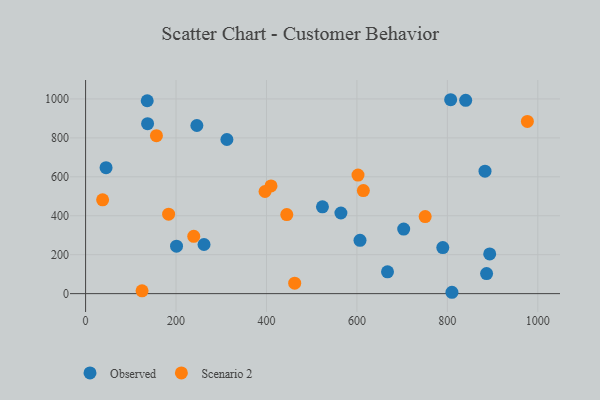
{"axis": {"x": "Engine Size", "y": "Sales"}, "legend": ["Observed", "Scenario 2"], "data": [{"x": "840.5", "y": 992.8, "type": "Observed"}, {"x": "810.1", "y": 7.0, "type": "Observed"}, {"x": "312.5", "y": 791.7, "type": "Observed"}, {"x": "564.6", "y": 414.3, "type": "Observed"}, {"x": "201.1", "y": 243.9, "type": "Observed"}, {"x": "136.3", "y": 990.7, "type": "Observed"}, {"x": "606.8", "y": 273.6, "type": "Observed"}, {"x": "789.9", "y": 236.6, "type": "Observed"}, {"x": "703.4", "y": 331.4, "type": "Observed"}, {"x": "45.3", "y": 646.8, "type": "Observed"}, {"x": "667.6", "y": 111.8, "type": "Observed"}, {"x": "883.2", "y": 629.0, "type": "Observed"}, {"x": "137.1", "y": 873.1, "type": "Observed"}, {"x": "523.8", "y": 445.7, "type": "Observed"}, {"x": "246.1", "y": 863.5, "type": "Observed"}, {"x": "893.6", "y": 203.9, "type": "Observed"}, {"x": "807.3", "y": 996.0, "type": "Observed"}, {"x": "261.9", "y": 252.5, "type": "Observed"}, {"x": "886.7", "y": 103.0, "type": "Observed"}, {"x": "444.9", "y": 406.2, "type": "Scenario 2"}, {"x": "410.0", "y": 553.5, "type": "Scenario 2"}, {"x": "183.6", "y": 407.9, "type": "Scenario 2"}, {"x": "37.7", "y": 482.0, "type": "Scenario 2"}, {"x": "614.2", "y": 529.5, "type": "Scenario 2"}, {"x": "156.7", "y": 811.1, "type": "Scenario 2"}, {"x": "396.8", "y": 524.7, "type": "Scenario 2"}, {"x": "750.9", "y": 396.0, "type": "Scenario 2"}, {"x": "239.2", "y": 294.2, "type": "Scenario 2"}, {"x": "462.4", "y": 53.5, "type": "Scenario 2"}, {"x": "124.9", "y": 14.3, "type": "Scenario 2"}, {"x": "602.4", "y": 609.1, "type": "Scenario 2"}, {"x": "976.9", "y": 884.3, "type": "Scenario 2"}]}